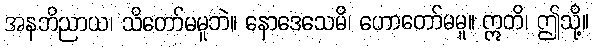
အနဘိညာယ၊ သိတော်မမူဘဲ။ နောဒေသေမိ၊ ဟောတော်မမူ။ ဣတိ၊ ဤသို့။